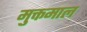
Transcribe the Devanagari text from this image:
मुक्तमाल